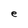
Character: e